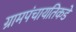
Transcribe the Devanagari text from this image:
ग्रामपंचायतिकडे